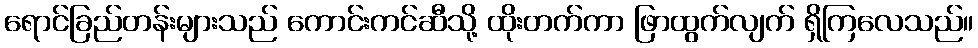
ရောင်ခြည်တန်းများသည် ကောင်းကင်ဆီသို့ ထိုးတက်ကာ ဖြာထွက်လျက် ရှိကြလေသည်။